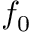
f _ { 0 }